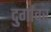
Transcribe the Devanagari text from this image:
दुर्गांवर